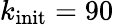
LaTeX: k_{\textrm{init}}=90